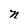
Character: n